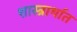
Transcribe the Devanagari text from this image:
शास्त्रार्थात